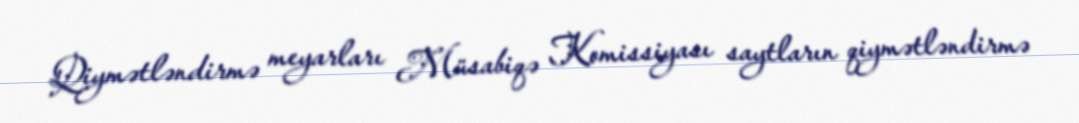
Qiymətləndirmə meyarları Müsabiqə Komissiyası saytların qiymətləndirmə